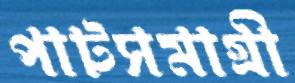
পাটসমাগ্রী